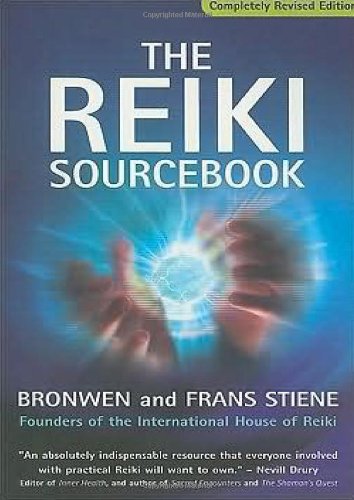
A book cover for The Reiki Sourcebook, Revised and Expanded; Bronwen Stiene; Health, Fitness & Dieting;